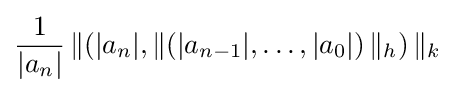
{\frac {1}{|a_{n}|}}\left\|(|a_{n}|,\left\|(|a_{n-1}|,\ldots ,|a_{0}|\right)\|_{h}\right)\|_{k}